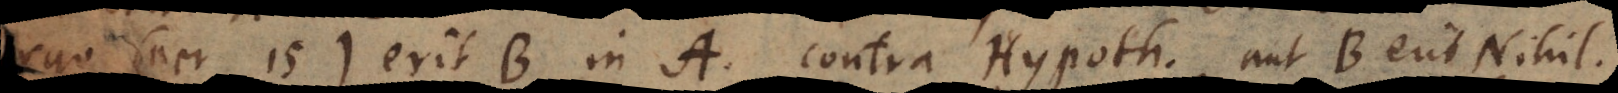
Ergo (per 15) erit B in A, contra Hypoth. aut B erit Nihil,